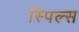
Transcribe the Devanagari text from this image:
स्पिल्स